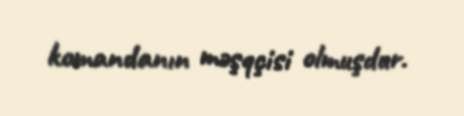
komandanın məşqçisi olmuşdur.